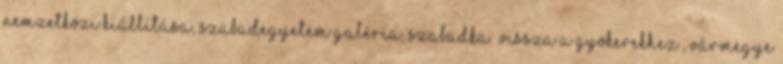
Nemzetközi Kiállítása, Szabadegyetem Galéria, Szabadka „Vissza a gyökerekhez”, Vármegye